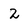
Character: 2